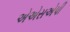
એએસએપી